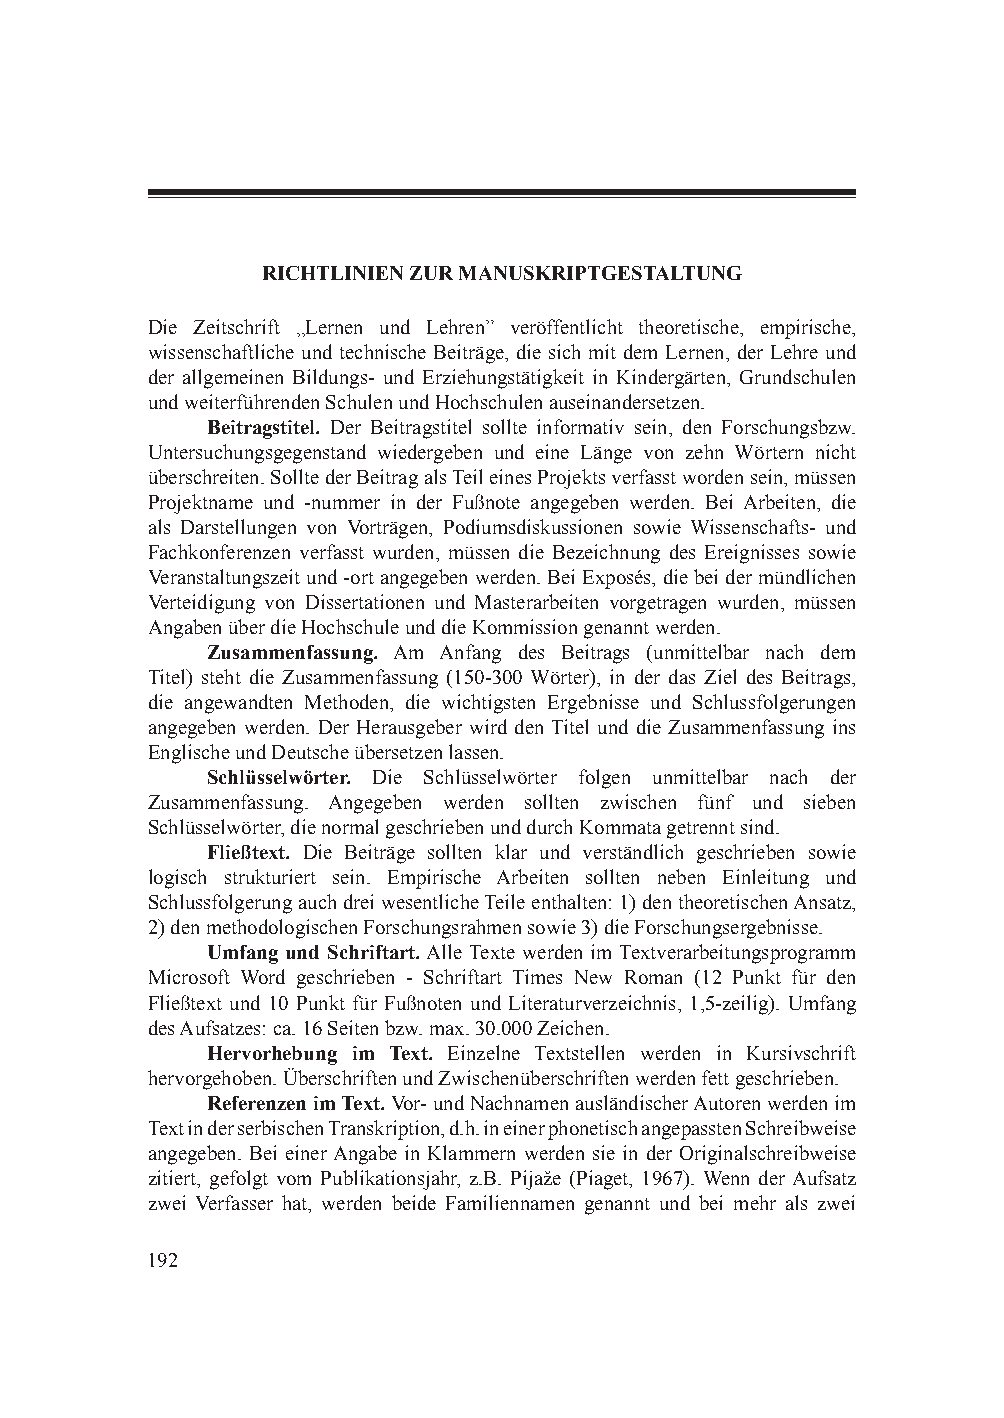
RICHTLINIEN ZUR MANUSKRIPTGESTALTUNG
 Die Zeitschrift „Lernen und Lehren” veröffentlicht theoretische, empirische,
 wissenschaftliche und technische Beiträge, die sich mit dem Lernen, der Lehre und
 der allgemeinen Bildungs- und Erziehungstätigkeit in Kindergärten, Grundschulen
 und weiterführenden Schulen und Hochschulen auseinandersetzen.
 Beitragstitel. Der Beitragstitel sollte informativ sein, den Forschungsbzw.
 Untersuchungsgegenstand wiedergeben und eine Länge von zehn Wörtern nicht
 überschreiten. Sollte der Beitrag als Teil eines Projekts verfasst worden sein, müssen
 Projektname und -nummer in der Fußnote angegeben werden. Bei Arbeiten, die
 als Darstellungen von Vorträgen, Podiumsdiskussionen sowie Wissenschafts- und
 Fachkonferenzen verfasst wurden, müssen die Bezeichnung des Ereignisses sowie
 Veranstaltungszeit und -ort angegeben werden. Bei Exposés, die bei der mündlichen
 Verteidigung von Dissertationen und Masterarbeiten vorgetragen wurden, müssen
 Angaben über die Hochschule und die Kommission genannt werden.
 Zusammenfassung. Am Anfang des Beitrags (unmittelbar nach dem
 Titel) steht die Zusammenfassung (150-300 Wörter), in der das Ziel des Beitrags,
 die angewandten Methoden, die wichtigsten Ergebnisse und Schlussfolgerungen
 angegeben werden. Der Herausgeber wird den Titel und die Zusammenfassung ins
 Englische und Deutsche übersetzen lassen.
 Schlüsselwörter. Die Schlüsselwörter folgen unmittelbar nach der
 Zusammenfassung. Angegeben werden sollten zwischen fünf und sieben
 Schlüsselwörter, die normal geschrieben und durch Kommata getrennt sind.
 Fließtext. Die Beiträge sollten klar und verständlich geschrieben sowie
 logisch strukturiert sein. Empirische Arbeiten sollten neben Einleitung und
 Schlussfolgerung auch drei wesentliche Teile enthalten: 1) den theoretischen Ansatz,
 2) den methodologischen Forschungsrahmen sowie 3) die Forschungsergebnisse.
 Umfang und Schriftart. Alle Texte werden im Textverarbeitungsprogramm
 Microsoft Word geschrieben - Schriftart Times New Roman (12 Punkt für den
 Fließtext und 10 Punkt für Fußnoten und Literaturverzeichnis, 1,5-zeilig). Umfang
 des Aufsatzes: ca. 16 Seiten bzw. max. 30.000 Zeichen.
 Hervorhebung im Text. Einzelne Textstellen werden in Kursivschrift
 hervorgehoben. Überschriften und Zwischenüberschriften werden fett geschrieben.
 Referenzen im Text. Vor- und Nachnamen ausländischer Autoren werden im
 Text in der serbischen Transkription, d.h. in einer phonetisch angepassten Schreibweise
 angegeben. Bei einer Angabe in Klammern werden sie in der Originalschreibweise
 zitiert, gefolgt vom Publikationsjahr, z.B. Pijaže (Piaget, 1967). Wenn der Aufsatz
 zwei Verfasser hat, werden beide Familiennamen genannt und bei mehr als zwei
 192